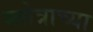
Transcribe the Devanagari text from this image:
स्तोत्राच्या